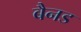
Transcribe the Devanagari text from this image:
बैनड